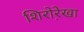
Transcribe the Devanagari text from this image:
शिरोरे़खा